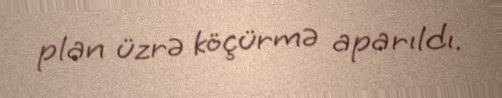
plan üzrə köçürmə aparıldı.